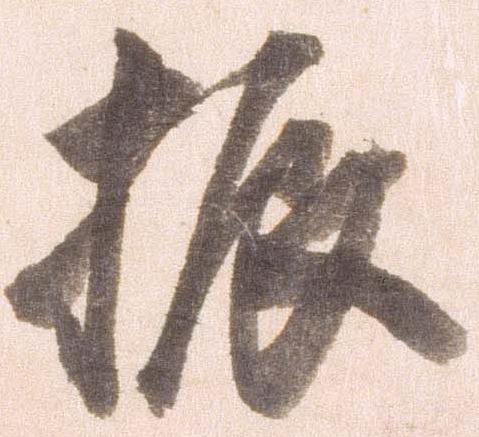
振